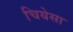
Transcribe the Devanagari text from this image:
चियेसा